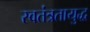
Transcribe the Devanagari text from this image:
स्वतंत्रतायुद्ध